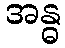
အန္ဓ